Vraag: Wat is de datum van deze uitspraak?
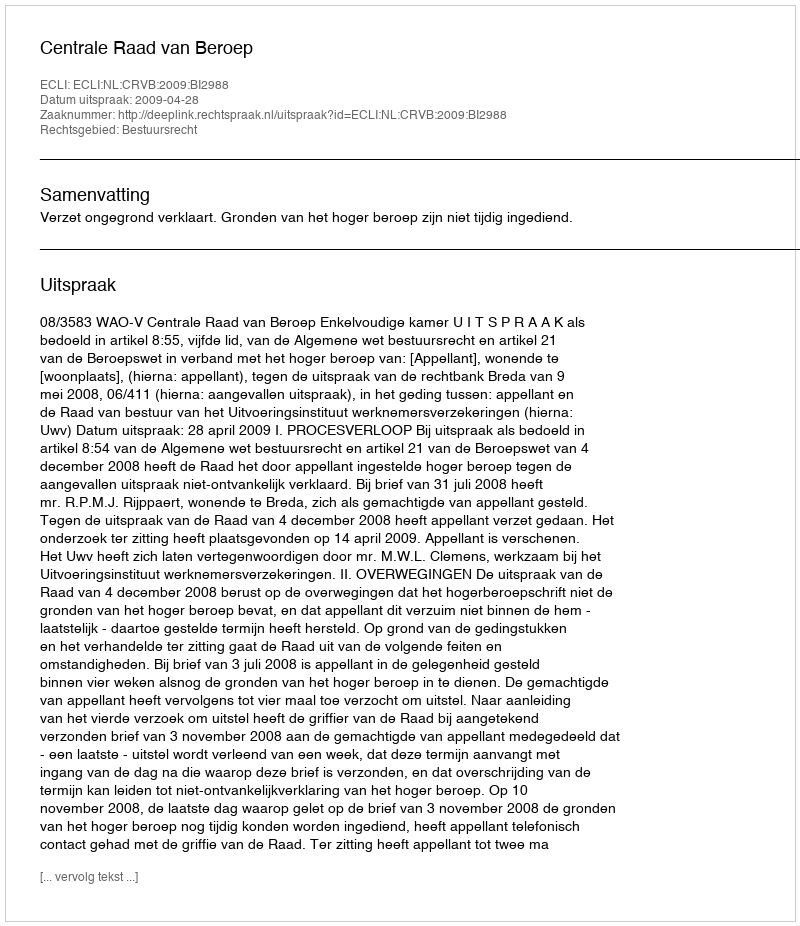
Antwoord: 2009-04-28